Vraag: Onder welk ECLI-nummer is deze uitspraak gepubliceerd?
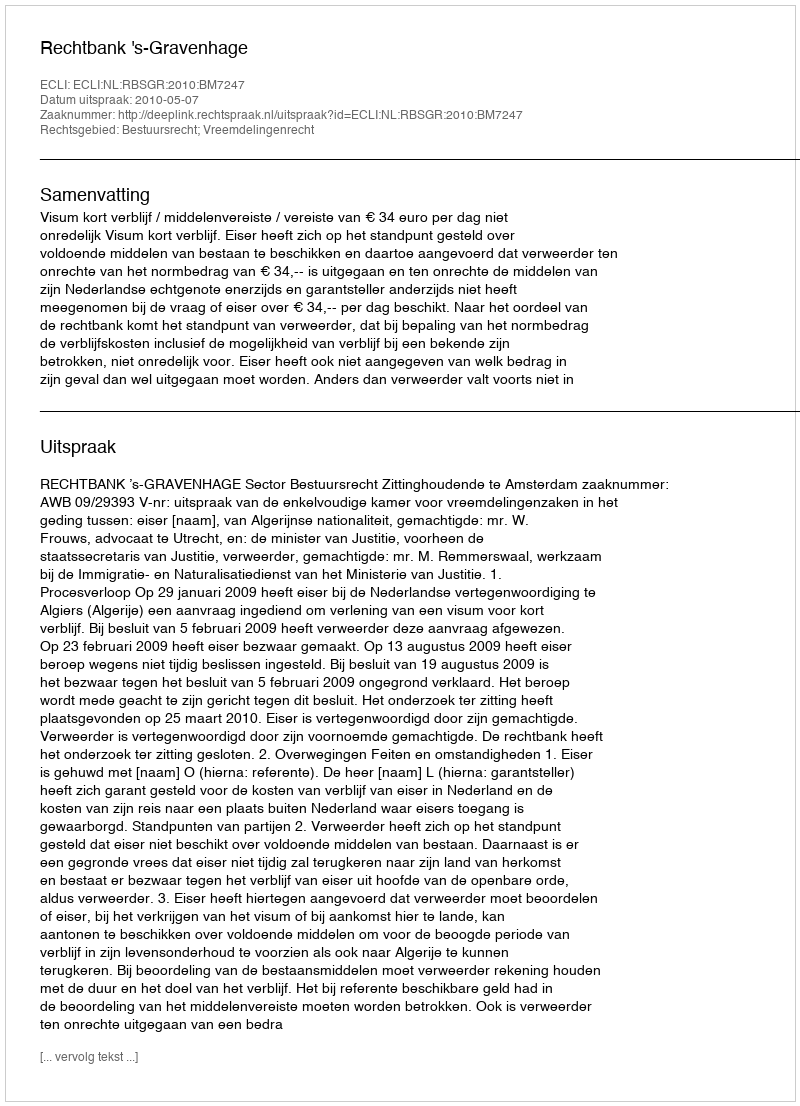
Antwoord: ECLI:NL:RBSGR:2010:BM7247